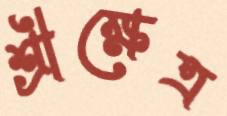
শ্রীক্ষেত্র